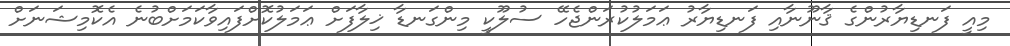
މިއީ ފަނޑިޔާރުންގެ ޤާނޫނާއި ފަނޑިޔާރު ޢަމަލުކުރަންޖެހޭ ސުލޫކީ މިންގަނޑާ ޚިލާފަށް ޢަމަލުކޮށްފައިވާކަމަށްބުނެ އެކޮމިޝަނަށް